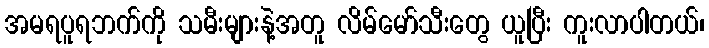
အမရပူရဘက်ကို သမီးများနဲ့အတူ လိမ်မော်သီးတွေ ယူပြီး ကူးလာပါတယ်၊